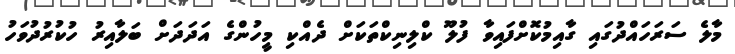
މާލެ ސަރަހައްދުގައި ގާއިމުކޮށްފައިވާ ފުލޫ ކްލިނިކްތަކަށް ދެއްކި މީހުންގެ އަދަދަށް ބަލާއިރު ހުކުރުދުވަހު